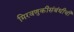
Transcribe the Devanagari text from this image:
मिरवणुकीसंबंधीची